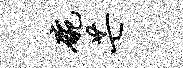
碗芒